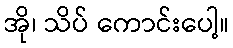
အို၊ သိပ် ကောင်းပေါ့။